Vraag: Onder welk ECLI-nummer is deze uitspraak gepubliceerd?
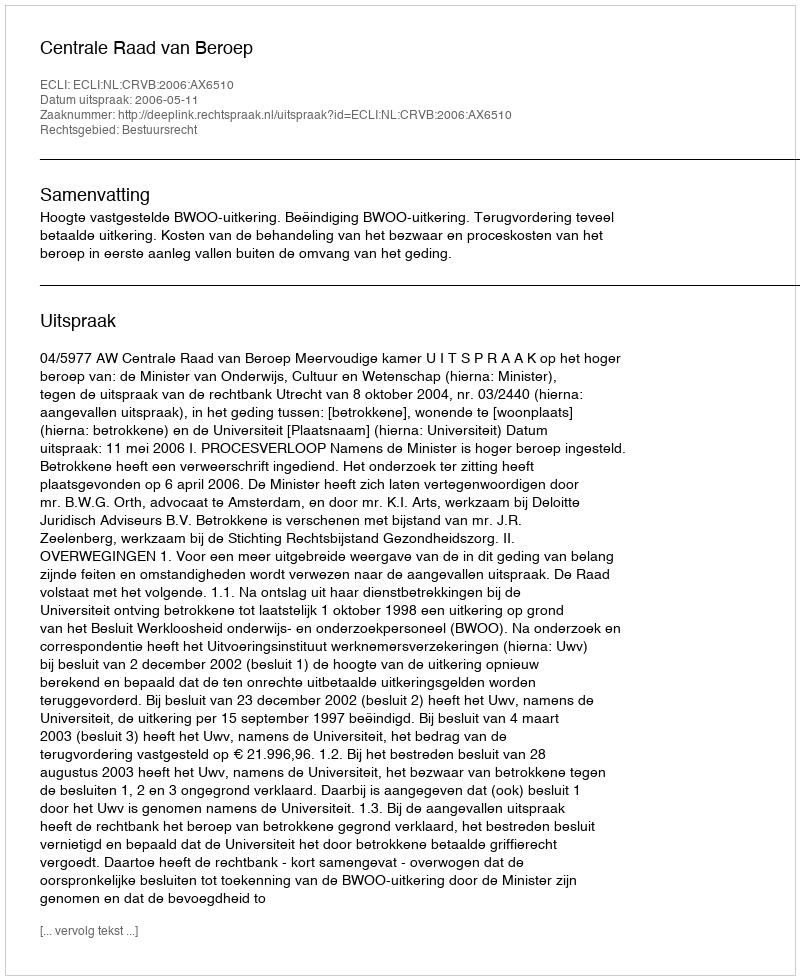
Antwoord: ECLI:NL:CRVB:2006:AX6510